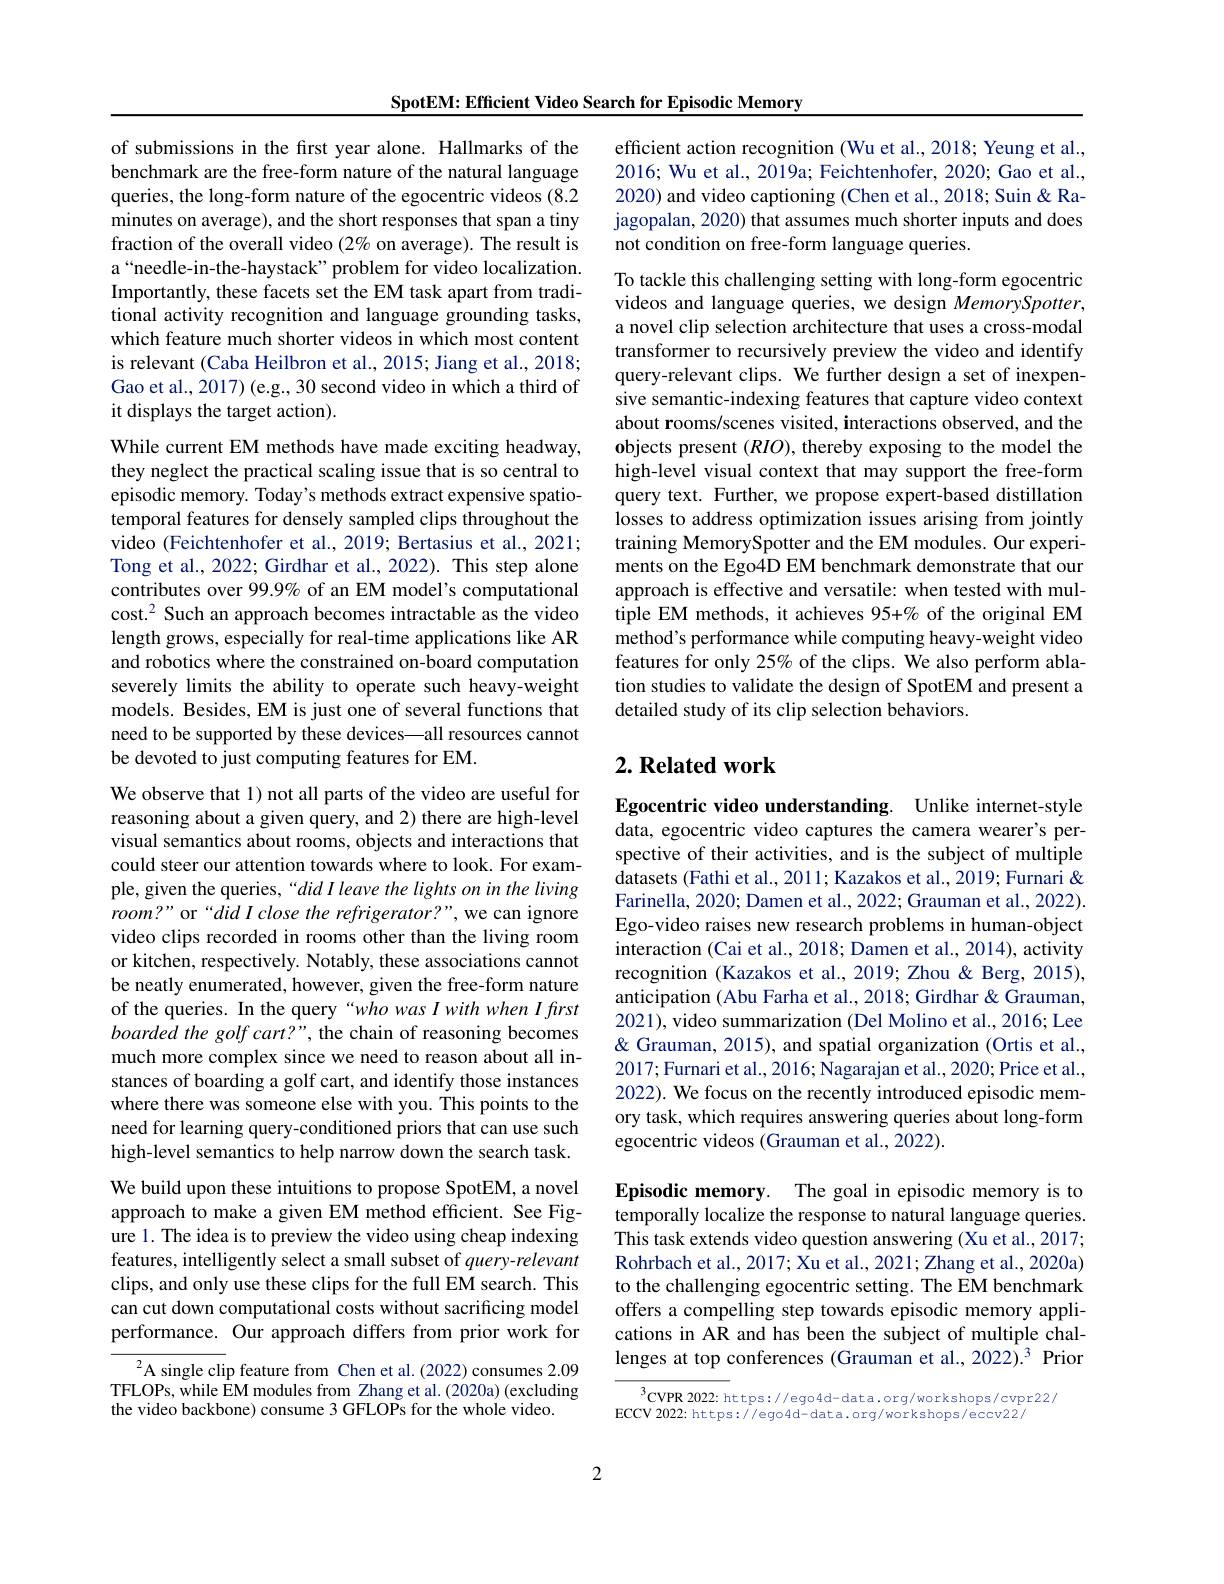
SpotEM: Efficient Video Search for Episodic Memory

of submissions in the first year alone. Hallmarks of the benchmark are the free-form nature of the natural language queries, the long-form nature of the egocentric videos (8.2 minutes on average), and the short responses that span a tiny fraction of the overall video (2% on average). The result is a“needle-in-the-haystack”problem for video localization. Importantly, these facets set the EM task apart from traditional activity recognition and language grounding tasks, which feature much shorter videos in which most content is relevant (Caba Heilbron et al., 2015; Jiang et al., 2018; Gao et al., 2017) (e.g., 30 second video in which a third of it displays the target action).

While current EM methods have made exciting headway, they neglect the practical scaling issue that is so central to episodic memory. Today's methods extract expensive spatiotemporal features for densely sampled clips throughout the video (Feichtenhofer et al., 2019; Bertasius et al., 2021; Tong et al., 2022; Girdhar et al., 2022). This step alone contributes over 99.9% of an EM model's computational cost.$^{2}$ Such an approach becomes intractable as the video length grows, especially for real-time applications like AR and robotics where the constrained on-board computation severely limits the ability to operate such heavy-weight models. Besides, EM is just one of several functions that need to be supported by these devices—all resources cannot be devoted to just computing features for EM.
We observe that 1) not all parts of the video are useful for reasoning about a given query, and 2) there are high-level visual semantics about rooms, objects and interactions that could steer our attention towards where to look. For exam-

ple, given the queries, “did I leave the lights on in the living room?" or“did I close the refrigerator?”,we can ignore video clips recorded in rooms other than the living room or kitchen, respectively. Notably, these associations cannot be neatly enumerated, however, given the free-form nature of the queries. In the query“who was I with when I first boarded the golf cart?", the chain of reasoning becomes much more complex since we need to reason about all instances of boarding a golf cart, and identify those instances where there was someone else with you. This points to the need for learning query-conditioned priors that can use such high-level semantics to help narrow down the search task. We build upon these intuitions to propose SpotEM, a novel approach to make a given EM method efficient. See Figure 1. The idea is to preview the video using cheap indexing features, intelligently select a small subset of query-relevant clips, and only use these clips for the full EM search. This can cut down computational costs without sacrificing model performance. Our approach differs from prior work for
${\overline{{\mathrm{A~single~clip~feature~from~Chen~et~al.(2022)~consumes~2.09}}}}$

TFLOPs, while EM modules from Zhang et al.(2020a) (excluding
the video backbone) consume 3 GFLOPs for the whole video.

efficient action recognition (Wu et al., 2018; Yeung et al., 2016; Wu et al., 2019a; Feichtenhofer, 2020; Gao et al., 2020) and video captioning (Chen et al., 2018; Suin & Rajagopalan, 2020) that assumes much shorter inputs and does not condition on free-form language queries.

To tackle this challenging setting with long-form egocentric videos and language queries, we design $MemorySpotter$, a novel clip selection architecture that uses a cross-modal transformer to recursively preview the video and identify query-relevant clips. We further design a set of inexpensive semantic-indexing features that capture video context about rooms/scenes visited, interactions observed, and the objects present $(RIO)$, thereby exposing to the model the high-level visual context that may support the free-form query text. Further, we propose expert-based distillation losses to address optimization issues arising from jointly training MemorySpotter and the EM modules. Our experiments on the Ego4D EM benchmark demonstrate that our approach is effective and versatile: when tested with multiple EM methods, it achieves 95+% of the original EM method's performance while computing heavy-weight video features for only 25% of the clips. We also perform ablation studies to validate the design of SpotEM and present a detailed study of its clip selection behaviors.

## $2. \textbf{Related work}$

Egocentric video understanding. Unlike internet-style data, egocentric video captures the camera wearer's perspective of their activities, and is the subject of multiple datasets (Fathi et al., 2011; Kazakos et al., 2019; Furnari & Farinella, 2020; Damen et al., 2022; Grauman et al., 2022). Ego-video raises new research problems in human-object interaction (Cai et al., 2018; Damen et al., 2014), activity recognition (Kazakos et al., 2019; Zhou & Berg, 2015), anticipation (Abu Farha et al., 2018; Girdhar & Grauman, 2021), video summarization (Del Molino et al., 2016; Lee & Grauman, 2015), and spatial organization (Ortis et al., 2017;Furnari et al., 2016; Nagarajan et al., 2020; Price et al., 2022). We focus on the recently introduced episodic memory task, which requires answering queries about long-form egocentric videos (Grauman et al., 2022).

Episodic memory. The goal in episodic memory is to temporally localize the response to natural language queries. This task extends video question answering (Xu et al., 2017; Rohrbach et al., 2017; Xu et al., 2021; Zhang et al., 2020a) to the challenging egocentric setting. The EM benchmark offers a compelling step towards episodic memory applications in AR and has been the subject of multiple challenges at top conferences (Grauman et al.,2022).3 Prior

$^{3}$CVPR 2022: https://ego4d-data.org/workshops/cvpr22/
ECCV 2022: https: / ego4d- data. org/ workshops/ eccv22/

2